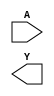
//Generated from netlist by SpyDrNet
//netlist name: FPGA88_SOFA_A
module sky130_fd_sc_hd__inv_2
(
    A,
    Y
);

    input A;
    output Y;

    wire A;
    wire Y;

endmodule